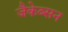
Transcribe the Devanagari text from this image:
जैकेब्सन